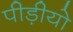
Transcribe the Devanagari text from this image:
पीड़ीयो